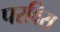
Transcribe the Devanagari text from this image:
परविस